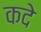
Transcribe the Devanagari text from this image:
कदे